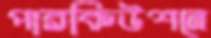
পারকিউশনে